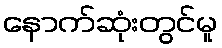
နောက်ဆုံးတွင်မူ